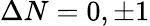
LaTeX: \Delta N=0,\pm 1